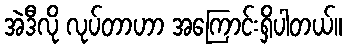
အဲဒီလို လုပ်တာဟာ အကြောင်းရှိပါတယ်။